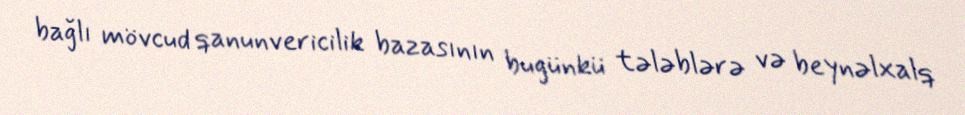
bağlı mövcud qanunvericilik bazasının bugünkü tələblərə və beynəlxalq